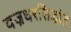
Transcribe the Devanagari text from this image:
वज्रधरसिद्धांत